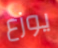
يوزع